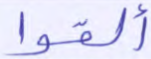
ألقوا